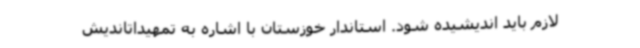
لازم باید اندیشیده شود. استاندار خوزستان با اشاره به تمهیداتاندیش